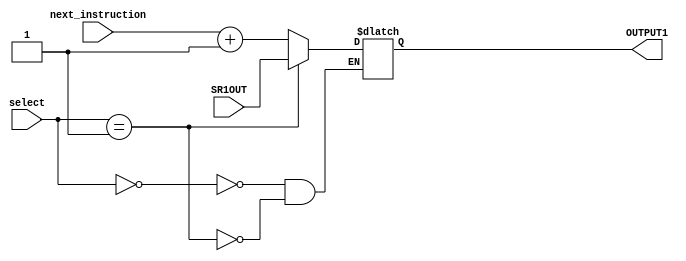
`ifndef _PCMUX_v_
`define _PCMUX_v_
module PCMUX(SR1OUT, next_instruction, select, OUTPUT1);

input[15:0] SR1OUT; //input from register file
input[15:0] next_instruction;
input[1:0] select; //select line for the MUX
output reg[15:0] OUTPUT1;
initial
   begin
	case(select)
	00 : begin 
		//pass in instruction +1
		OUTPUT1[15:0] = next_instruction[15:0] + 16'b1;
	     end
	//pass in next instruction
	01: begin 
		OUTPUT1[15:0] = SR1OUT[15:0];
	    end
	//10 : //do nothing
	endcase
   end 
endmodule

`endif